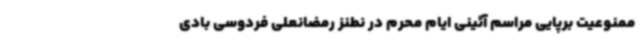
ممنوعیت برپایی مراسم‌ آئینی ایام محرم در نطنز رمضانعلی فردوسی بادی